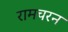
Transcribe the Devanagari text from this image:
रामचरन